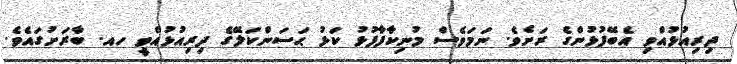
ދިރިއުޅުއްވި އެބޭފުޅުންގެ ރަށެވެ. ނަމަވެސް މުނިކާފާފުޅު ކަޅު ޙަސަންކަލޭގެ ދިރިއުޅުއްވީ ހއ. ބާރަށުގައެވެ.